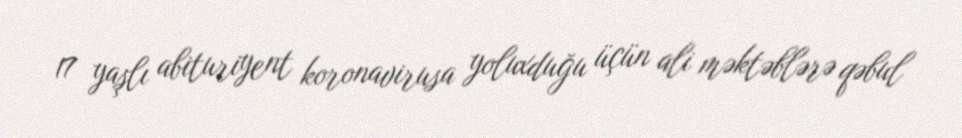
17 yaşlı abituriyent koronavirusa yoluxduğu üçün ali məktəblərə qəbul